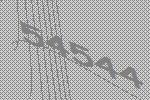
54544